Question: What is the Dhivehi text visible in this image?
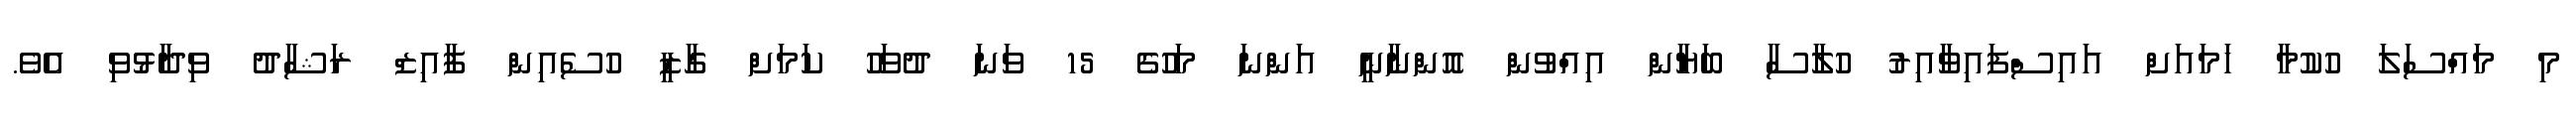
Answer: މި މައްސަލަ ހުކުމާ ހަމައަށް އައިސްފައިވާއިރު ހުލާސާ ބަޔާން އިއްވުން އޮންނާނީ އަންނަ މަހުގެ 15 ވަނަ ދުވަހު ކަމަށް ގާޒީ ހުސެއިން ފާއިޒް ރަޝާދު ވިދާޅުވި އެވެ.